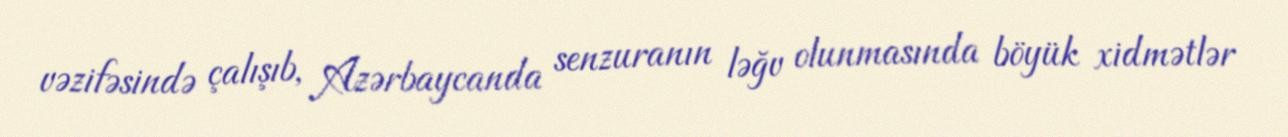
vəzifəsində çalışıb, Azərbaycanda senzuranın ləğv olunmasında böyük xidmətlər